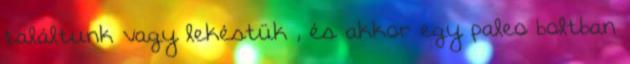
találtunk vagy lekéstük , és akkor egy paleo boltban